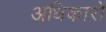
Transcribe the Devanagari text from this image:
अधिकारों